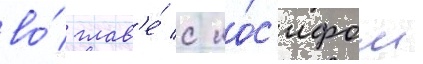
во́ глав'е́ с ио́с'ифом